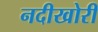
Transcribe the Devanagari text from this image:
नदीखोरी